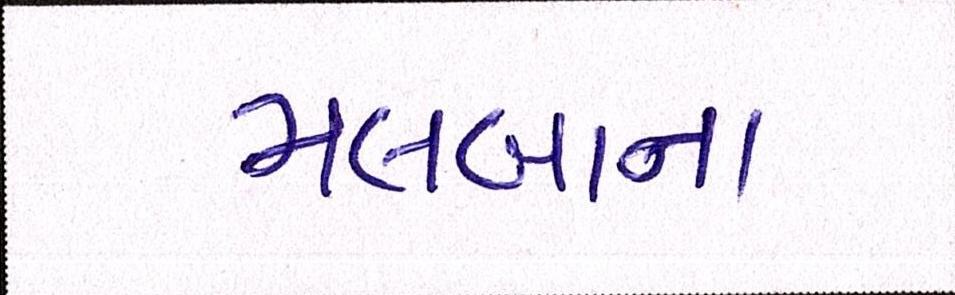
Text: મલબાના